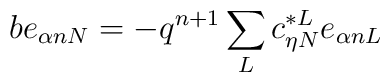
b e_{\alpha nN}=- q^{n+1}\sum_{L}c_{\eta N}^{*L} e_{\alpha nL}